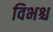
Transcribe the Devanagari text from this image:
विभश्च